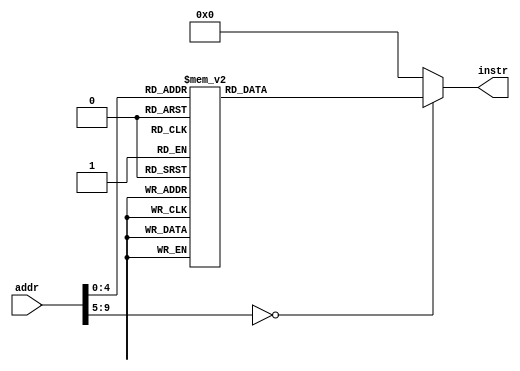
// this file is generated automatically
module Imem (
	input [9:0] addr,
	output reg[31:0] instr
);
	always @(addr) begin
		case (addr)
			10'b0000000000 : instr = 32'h00000313;
			10'b0000000001 : instr = 32'h01000e13;
			10'b0000000010 : instr = 32'h08400493;
			10'b0000000011 : instr = 32'h00849493;
			10'b0000000100 : instr = 32'h08348493;
			10'b0000000101 : instr = 32'h00400913;
			10'b0000000110 : instr = 32'h00891913;
			10'b0000000111 : instr = 32'h00490913;
			10'b0000001000 : instr = 32'h00849493;
			10'b0000001001 : instr = 32'h08248493;
			10'b0000001010 : instr = 32'h00849493;
			10'b0000001011 : instr = 32'h08148493;
			10'b0000001100 : instr = 32'h00891913;
			10'b0000001101 : instr = 32'h00490913;
			10'b0000001110 : instr = 32'h00891913;
			10'b0000001111 : instr = 32'h00490913;
			10'b0000010000 : instr = 32'h00932023;
			10'b0000010001 : instr = 32'h012484b3;
			10'b0000010010 : instr = 32'h00430313;
			10'b0000010011 : instr = 32'hfffe0e13;
			10'b0000010100 : instr = 32'hfe0e18e3;
			10'b0000010101 : instr = 32'h02000e13;
			10'b0000010110 : instr = 32'h00000313;
			10'b0000010111 : instr = 32'h00035483;
			10'b0000011000 : instr = 32'h00900533;
			10'b0000011001 : instr = 32'h02200893;
			10'b0000011010 : instr = 32'h00000073;
			10'b0000011011 : instr = 32'h00230313;
			10'b0000011100 : instr = 32'hfffe0e13;
			10'b0000011101 : instr = 32'hfe0e14e3;
			10'b0000011110 : instr = 32'h00a00893;
			10'b0000011111 : instr = 32'h00000073
;
			default: instr = 0;
		endcase
	end
endmodule